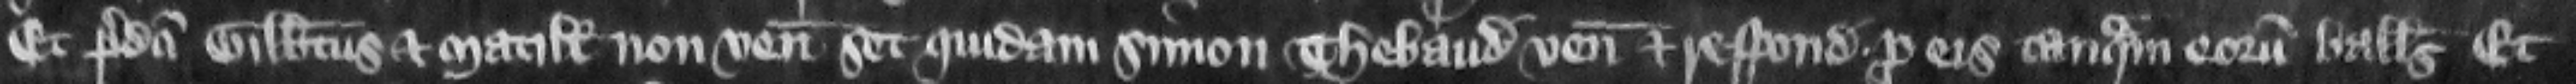
Et predicti Gilbertus et Matillis non veniunt set quidam Simon Thebaud venit et respondet pro eis tanquam corum balliuus Et